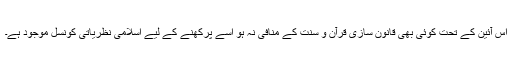
اس آئین کے تحت کوئی بھی قانون سازی قرآن و سنت کے منافی نہ ہو اسے پرکھنے کے لیے اسلامی نظریاتی کونسل موجود ہے۔